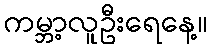
ကမ္ဘာ့လူဦးရေနေ့။